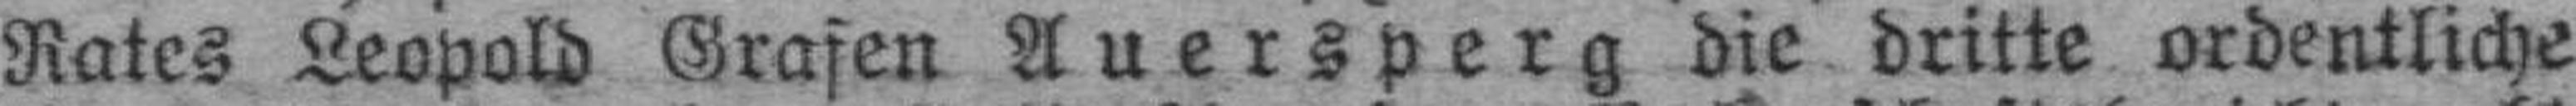
Rates Leopold Grafen Auersperg die dritte ordentliche